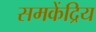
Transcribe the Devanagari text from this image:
समकेंद्रिय